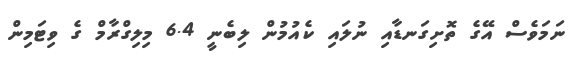
ނަމަވެސް އޭގެ ތޮށިގަނޑާއި ނުލައި ކެއުމުން ލިބެނީ 6.4 މިލިގްރާމް ގެ ވިޓަމިން